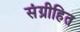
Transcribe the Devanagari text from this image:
संग्रीहित